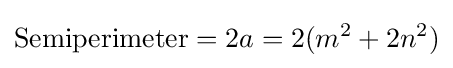
{\text{Semiperimeter}}=2a=2(m^{2}+2n^{2})